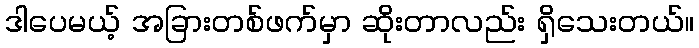
ဒါပေမယ့် အခြားတစ်ဖက်မှာ ဆိုးတာလည်း ရှိသေးတယ်။